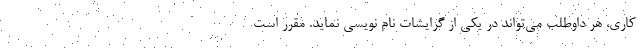
کاری، هر داوطلب می‌تواند در یکی از گرایشات نام نویسی نماید. مقرر است